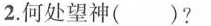
2.何处望神()?